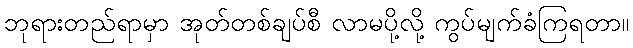
ဘုရားတည်ရာမှာ အုတ်တစ်ချပ်စီ လာမပို့လို့ ကွပ်မျက်ခံကြရတာ။